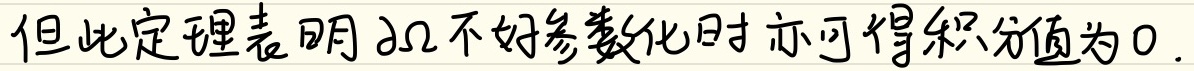
但此定理表明 $\partial\Omega$ 不好参数化时亦可得积分值为 0。